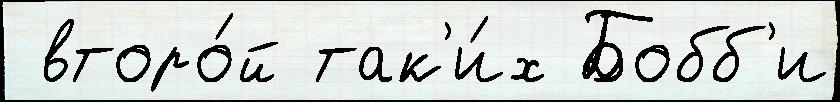
 второ́й так'и́х Бобб'и